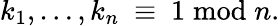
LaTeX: k_{1},\ldots,k_{n}\ \equiv\ 1\bmod n.